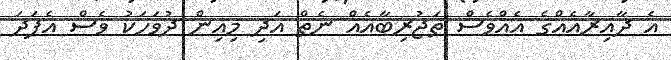
އެ ދާއިރާއެއްގެ އެއްވެސް ތަޖުރިބާއެއް ނެތް އަދި މިއިން ދުވަހަކު ވެސް އެފަދަ